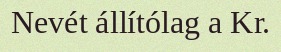
Nevét állítólag a Kr.